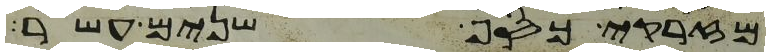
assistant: מזרקי כסף שנים עשר